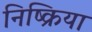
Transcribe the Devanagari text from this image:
निष्‍क्रिया